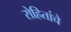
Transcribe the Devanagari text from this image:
रोहितांचे